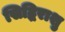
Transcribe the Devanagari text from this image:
सिद्धिराशु